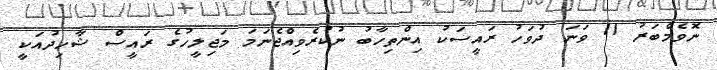
ނޮވެމްބަރު 11 ވަނަ ދުވަހު ރައީސަކު އިންތިހާބު ނުކުރެވިއްޖެނަމަ މަޖިލީހުގެ ރައީސް ޝާހިދުއަކީ